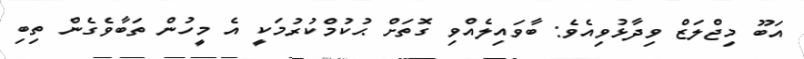
އަބޫ މިޖްލަޒް ވިދާޅުވިއެވެ: ބާވައިލެއްވި ގޮތަށް ޙުކުމްކުރުމަކީ އެ މީހުން ތަބާވެގެން ތިބި